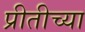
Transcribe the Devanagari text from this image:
प्रीतीच्या